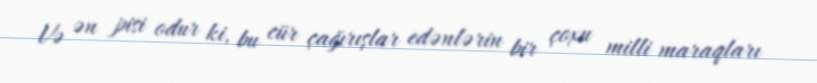
Və ən pisi odur ki, bu cür çağırışlar edənlərin bir çoxu milli maraqları